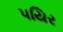
પયિર